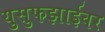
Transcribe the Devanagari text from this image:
युसुफझाईवर